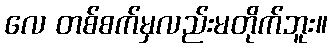
လေ တစ်စက်မှလည်းမတိုက်ဘူး။